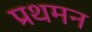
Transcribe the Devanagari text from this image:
प्रथमन